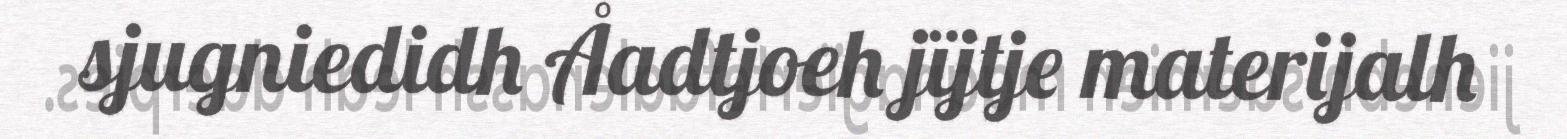
sjugniedidh Åadtjoeh jïjtje materijalh